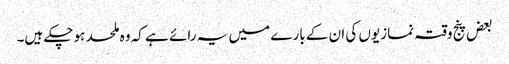
بعض پنج وقتہ نمازیوں کی ان کے بارے میں یہ رائے ہے کہ وہ ملحد ہوچکے ہیں۔